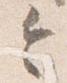
令